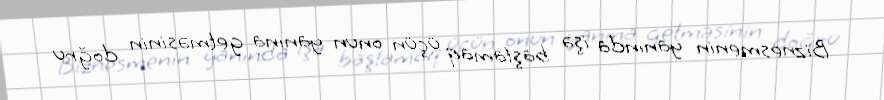
Biznesmenin yanında işə başlamaq üçün onun yanına getməsinin doğru